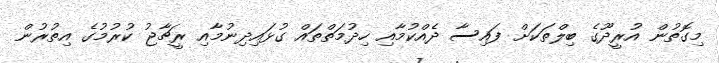
މިގޮތުން އުރީދޫގެ ބިލްތަކަށް ފައިސާ ދެއްކުމާއި ހިދުމަތްތައް ގުޅައިދިިނުމާއި ރީޗާޖު ކުރުމުގެ އިތުރުން